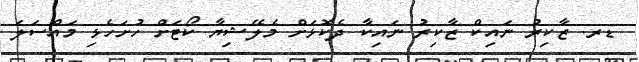
ޑރ. ޒާކިރު ނައިކް ޒާކިރު ނައިކާ ދެކޮޅަށް މެލޭޝިޔާ ކޯޓަށް ހުށަހެޅި މައްސަލަ